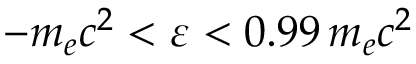
- m _ { e } c ^ { 2 } < \varepsilon < 0 . 9 9 \, m _ { e } c ^ { 2 }